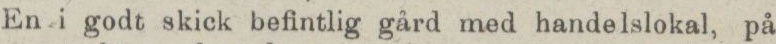
En i godt skick befintlig gård med handelslokal, på